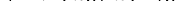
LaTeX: \smash{\gamma\to(a_{0}/a)^{2}\gamma_{0}}